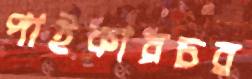
পাইকারচর